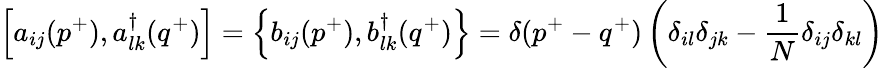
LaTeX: \left[a_{ij}(p^{+}),a_{lk}^{\dagger}(q^{+})\right]=\left\{ b_{ij}(p^{+}),b_{lk}^{\dagger}(q^{+})\right\} =\delta(p^{+}-q^{+})\left(\delta_{il}\delta_{jk}-\frac{1}{N}\delta_{ij}\delta_{kl}\right)